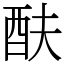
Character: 酜